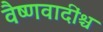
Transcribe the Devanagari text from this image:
वैष्णवादींश्च